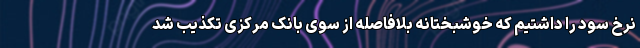
نرخ سود را داشتیم که خوشبختانه بلافاصله از سوی بانک مرکزی تکذیب شد